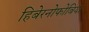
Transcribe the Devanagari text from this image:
हिबेरनोफोबिया